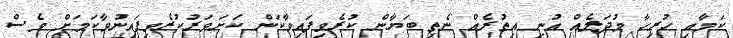
ކަމާއި ހުރިހާ މުދަލެއް އުނި އިތުރެއް ނެތި ބަޔާން ކުރެވިފައިވާކަން ކަށަވަރުކުރެވިފައިނުވާކަމަށް ވެސް